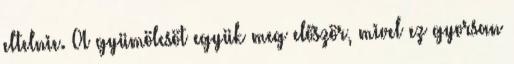
eltelnie. A gyümölcsöt együk meg először, mivel ez gyorsan